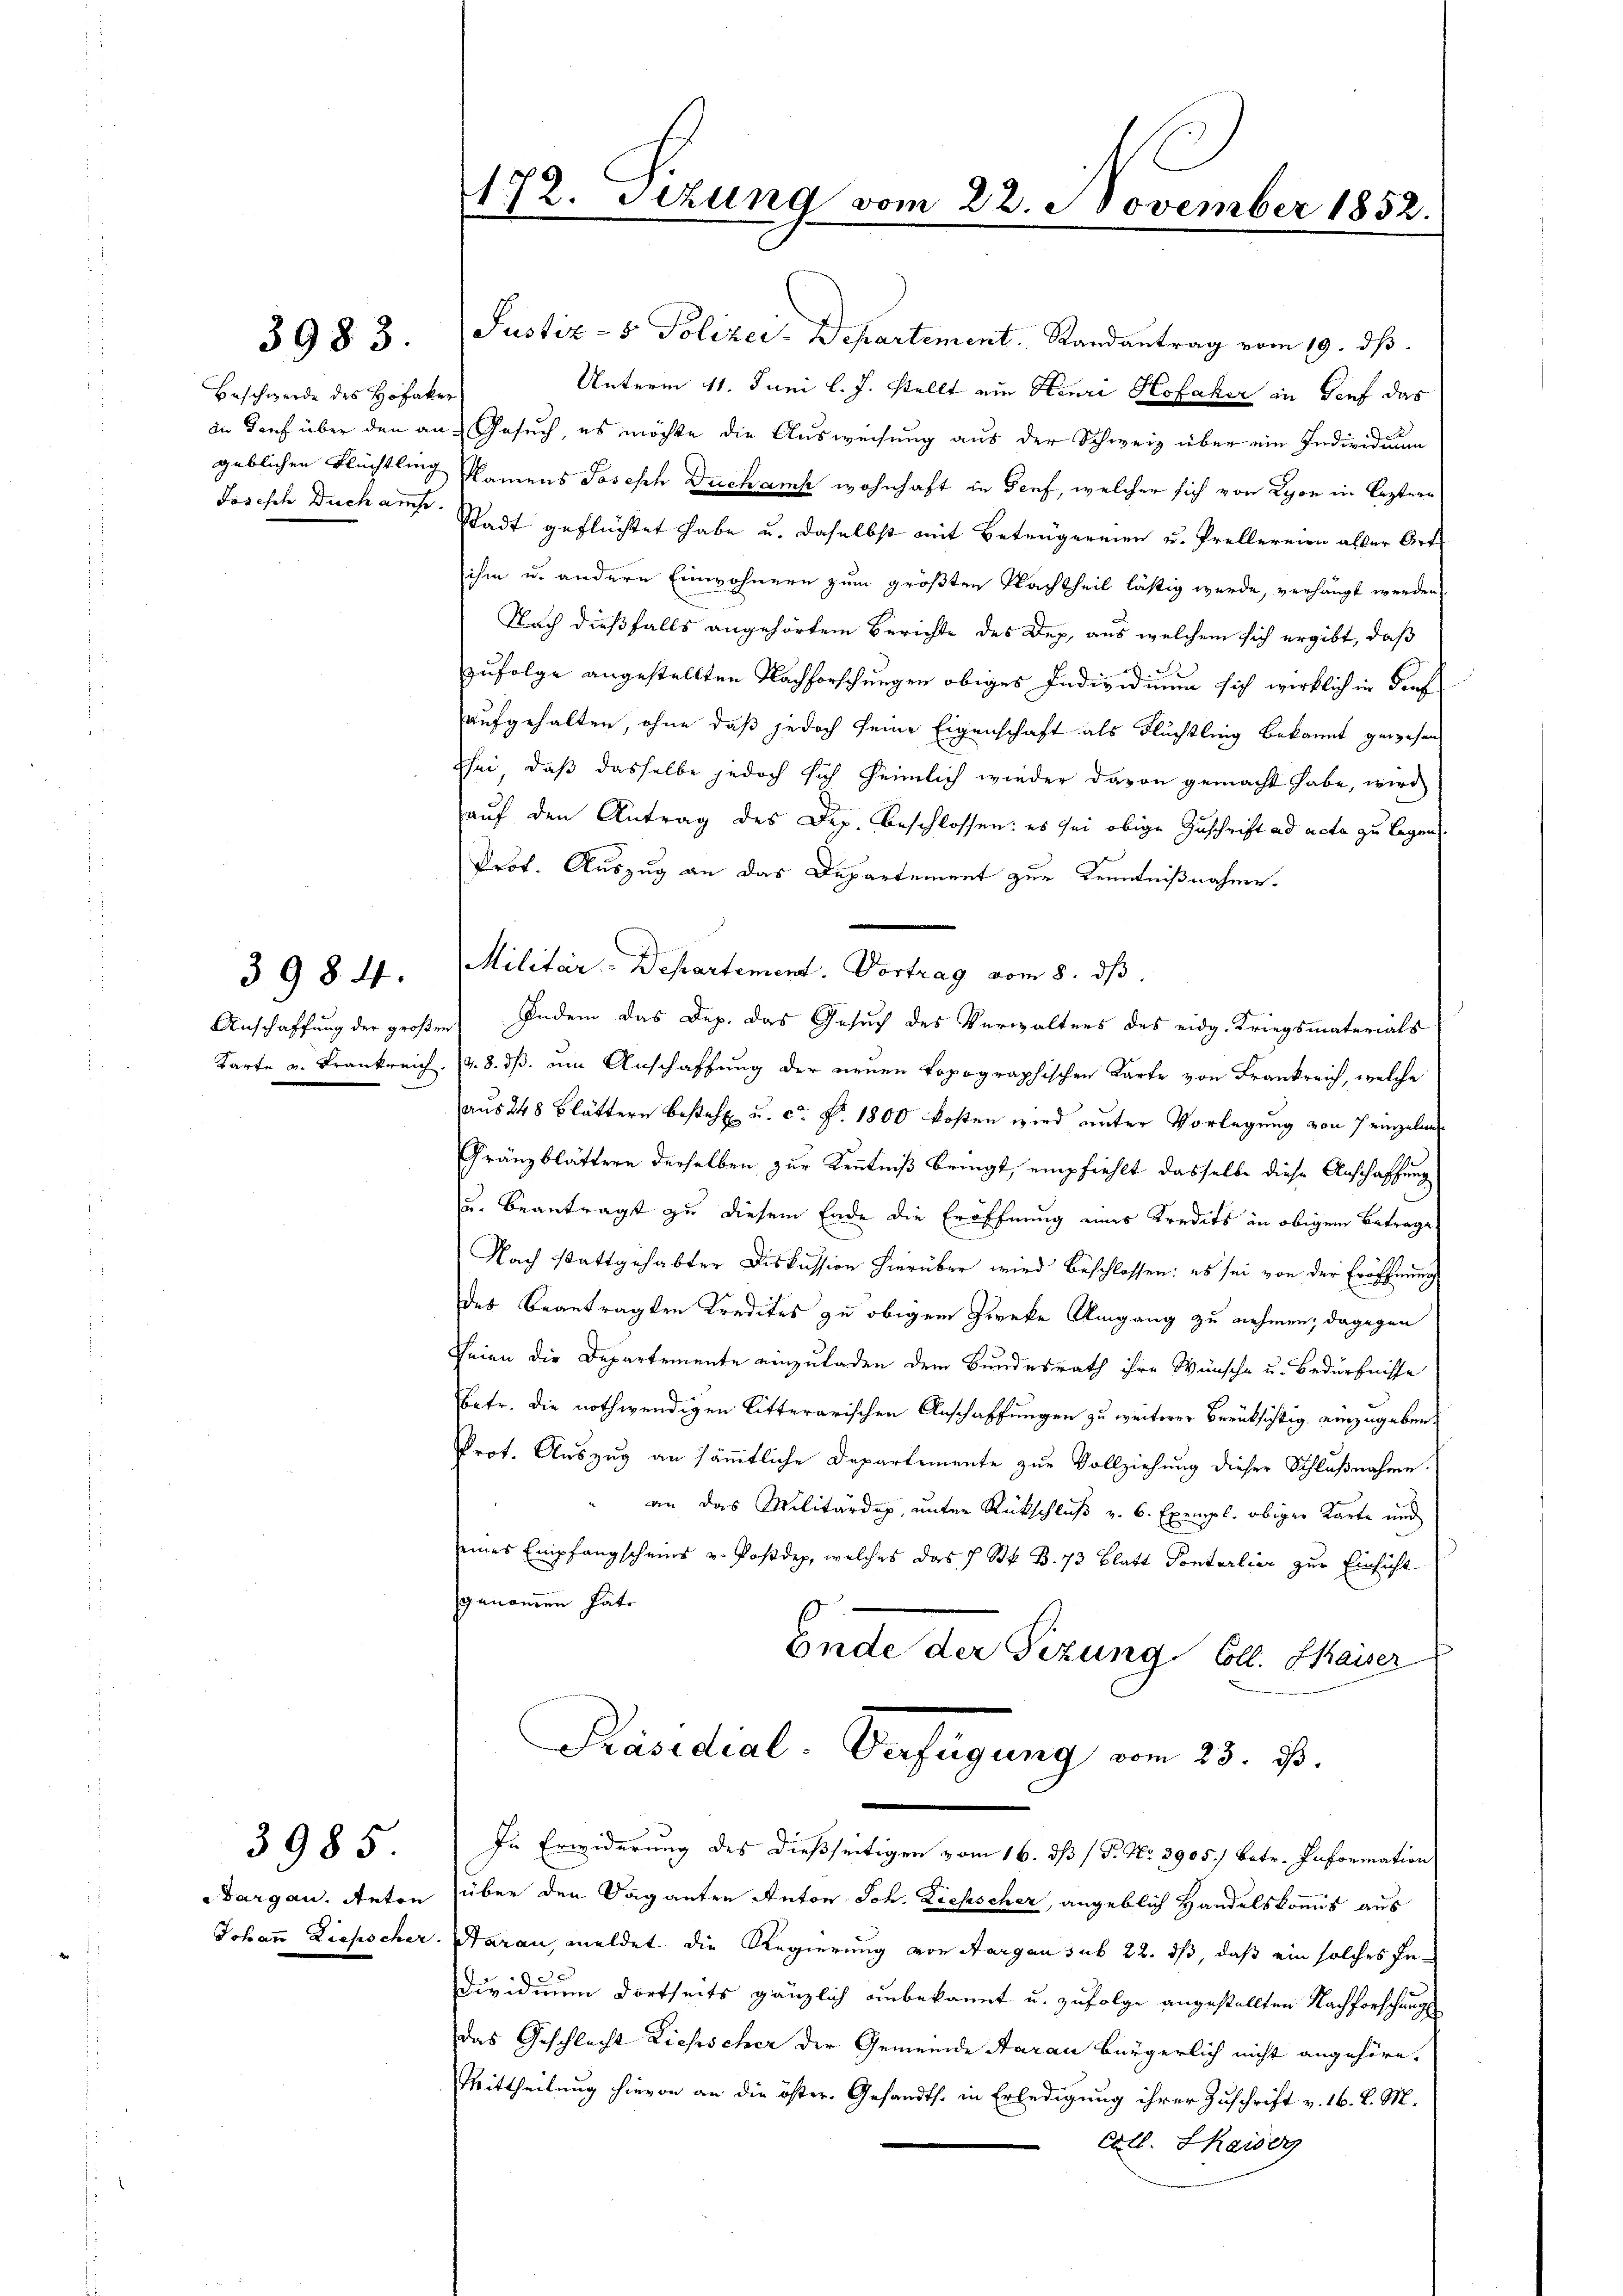
3983.

Beschwerde des Hofacker
geblichen Flüchtling
Joseph Buch auche.

Karte u. Frankreich.

3984.

Targau. Anton
Johann Liehscher.

3985

172. Sezung vom 22. November 1852.

Justiz- & Polizei-Departement. Randantrag vom 19. ds.
Unterm 11. Juni l. J. stellt ein Henri Hofaker in Genf das
in Dorf über den an Gesuch, es möchte die Ausweisung aus der Schweiz über ein Individuum
Namens Joseph Duchank wohnhaft in Genf, welcher sich von Lyon in leztern
Stadt geflüchtet habe u. daselbst mit Beträgereien u. Prellereien aller Art
ihm u. andere Einwohnern zum größten Nachtheil lästig werde, verhängt werden
Nach dießfalls angehörtem Berichte des Dez. aus welchem sich ergibt, daß
zufolge angestellten Nachforschungen obiges Individiuum sich wirklich in denf
aufgehalten, ohne daß jedoch seine Eigenschaft als Flüchtling bekannt gewesen
sei, daß dasselbe jedoch sich heimlich wieder davon gemacht habe, wird
auf den Antrag des Dep. beschlossen: es sei obige Zuschrift ad acta zu legen.
Prof. Auszug an das Departement zur Kenntnißnahme.
Militär-Departement. Vortrag vom 8. ds.
Anschaffung der großen Indem das Dep. das Gesuch des Verwaltens des eidg. Kriegsmaterials
v. 8. dß. um Anschaffung der neuen Popographischen Karte von Frankreich, welche
aus 248 Blättern besteht u. ca P. 1800 kosten wird unter Vorlegung von 7 einzelne
Gränzblättern derselben zur Kenntniß bringt, empfiehlt dasselbe diese Anschaffung
u. beantragt zu diesem Ende die Eröffnung eines Kredits in obigem Betrage
Nach stattgehabter Diskussion hierüber wird beschlossen: es sei von der Eröffnung
des beantragten Kredites zu obigem Zwecke Umgang zu nehmen; dagegen
Seien die Departemente einzuladen dem Bundesrath ihre Wünsche u. Bedürfnisse
betr. die nothwendigen Litterarischen Anschaffungen zu weiterer Berücksichtig einzugeben
Prot. Auszug an sämtliche Departemente zur Vollziehung dieser Schlußnahme.
an das Militärdep, unter Rückschluß v. 6. Exempl. obiger Karte und
eines Empfangscheins v. Postdep, welches das 7 Stk. B. 73 Blatt Ponterlier zur Einsicht
genommen hätt
Ende der Sizung Coll. Kaiser
Präsidial-Verfügung vom 23. d.

In Erwiderung des dießseitigen vom 16. dß (T. No. 3905/ betr. Information

über den Vaganten Anton Joh. Ziehscher, angeblich Handelskommis aus
Haran, meldet die Regierung von Aargau sub 22. ds, daß ein solches In¬
Dividuum dortseits gänzlich unbekannt u. zufolge angestellten Nachforschung
das Geschlecht Ziehscher der Gemeinde Aarau bürgerlich nicht angehöre-
Mittheilung hievon an die öster- Gesandts. in Erledigung ihrer Zuschrift v. 16. d. M.
Coll. Skaiser